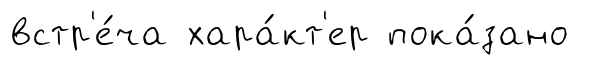
встр'е́ча хара́кт'ер пока́зано